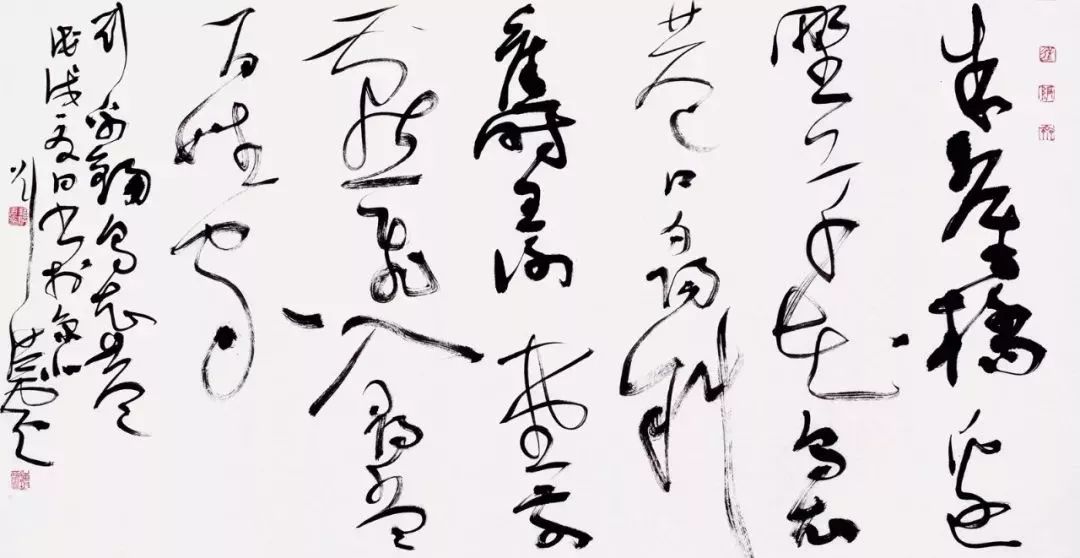
我行殊未已，何日复归来。